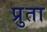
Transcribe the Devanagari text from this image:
प्रुता